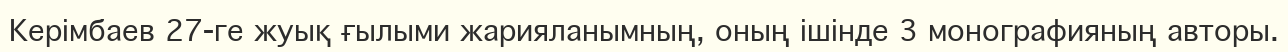
Керімбаев 27-ге жуық ғылыми жарияланымның, оның ішінде 3 монографияның авторы.